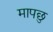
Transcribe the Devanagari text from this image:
मापछु